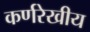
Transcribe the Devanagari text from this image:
कर्णरेखीय